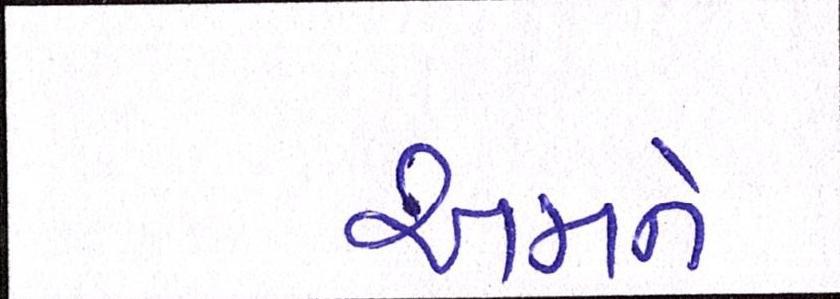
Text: અમને